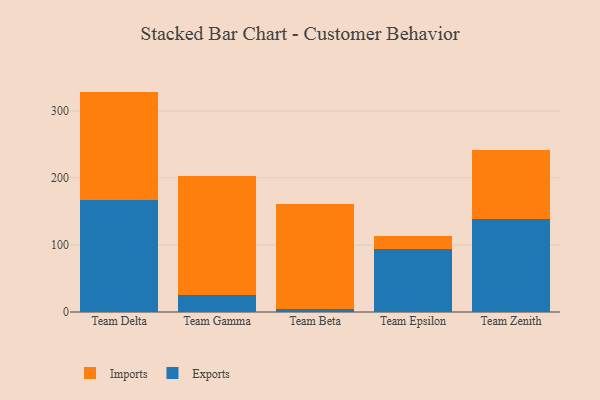
{"axis": {"x": "Team", "y": "Active Users"}, "legend": ["Exports", "Imports"], "data": [{"x": "Team Delta", "y": 167.7, "type": "Exports"}, {"x": "Team Delta", "y": 161.4, "type": "Imports"}, {"x": "Team Gamma", "y": 25.6, "type": "Exports"}, {"x": "Team Gamma", "y": 177.5, "type": "Imports"}, {"x": "Team Beta", "y": 5.0, "type": "Exports"}, {"x": "Team Beta", "y": 155.8, "type": "Imports"}, {"x": "Team Epsilon", "y": 93.6, "type": "Exports"}, {"x": "Team Epsilon", "y": 19.5, "type": "Imports"}, {"x": "Team Zenith", "y": 138.2, "type": "Exports"}, {"x": "Team Zenith", "y": 103.6, "type": "Imports"}]}